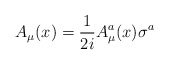
\begin{align*}A_{\mu}(x)={1\over{2i}}A_{\mu}^a(x)\sigma^a\end{align*}